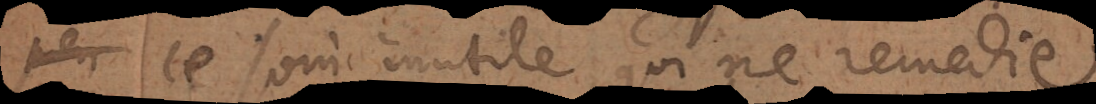
ce soin inutile, qui ne remedie